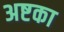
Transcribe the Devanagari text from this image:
अष्टका